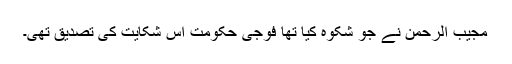
مجیب الرحمٰن نے جو شکوہ کیا تھا فوجی حکومت اس شکایت کی تصدیق تھی۔